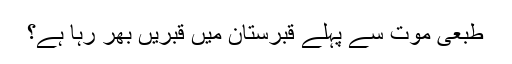
طبعی موت سے پہلے قبرستان میں قبریں بھر رہا ہے؟